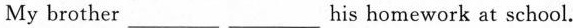
My brother___ ___his homework at school.